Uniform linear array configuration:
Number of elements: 24
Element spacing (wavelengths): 0.25
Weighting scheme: binomial
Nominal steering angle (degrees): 60
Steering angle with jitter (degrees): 60.563
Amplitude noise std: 0.05
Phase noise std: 0.05

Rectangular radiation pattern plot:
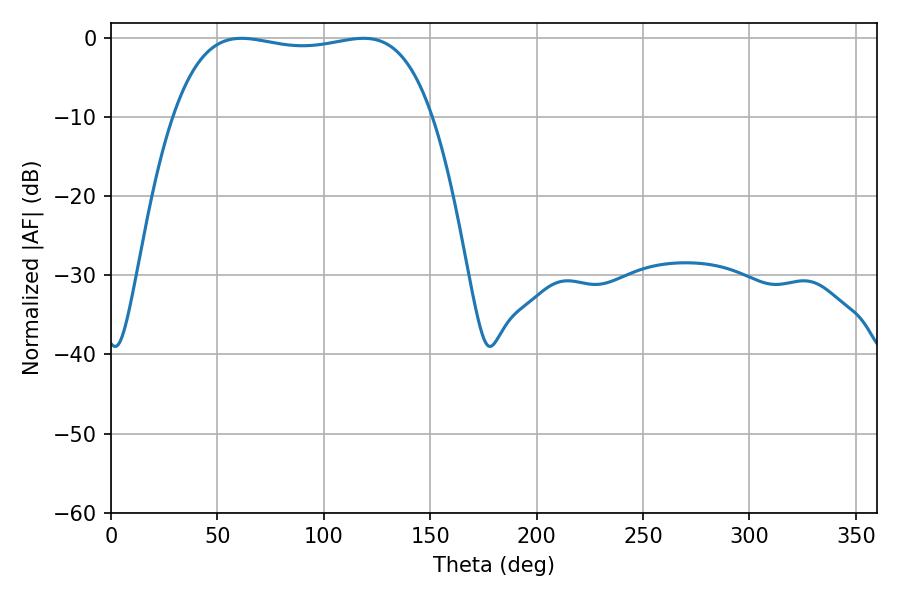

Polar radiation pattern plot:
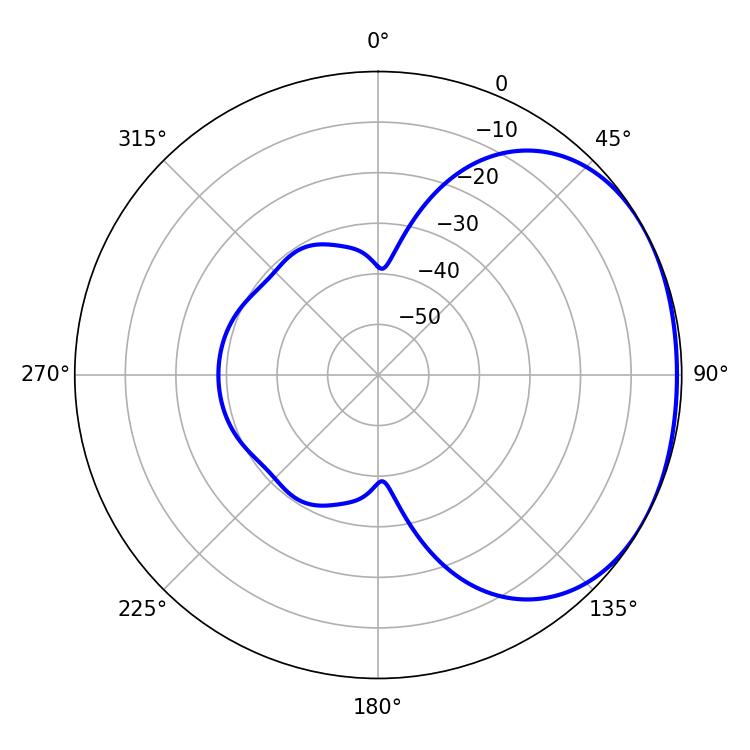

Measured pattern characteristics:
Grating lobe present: FALSE
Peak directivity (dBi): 1.586
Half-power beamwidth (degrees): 97.2
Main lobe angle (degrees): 61.38